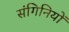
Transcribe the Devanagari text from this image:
संगिनियों